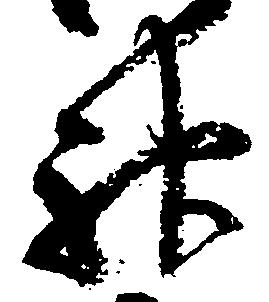
神